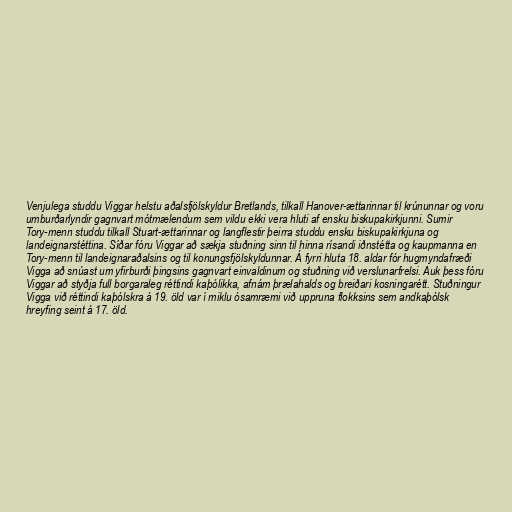
Venjulega studdu Viggar helstu aðalsfjölskyldur Bretlands, tilkall Hanover-ættarinnar til krúnunnar og voru
umburðarlyndir gagnvart mótmælendum sem vildu ekki vera hluti af ensku biskupakirkjunni. Sumir
Tory-menn studdu tilkall Stuart-ættarinnar og langflestir þeirra studdu ensku biskupakirkjuna og
landeignarstéttina. Síðar fóru Viggar að sækja stuðning sinn til hinna rísandi iðnstétta og kaupmanna en
Tory-menn til landeignaraðalsins og til konungsfjölskyldunnar. Á fyrri hluta 18. aldar fór hugmyndafræði
Vigga að snúast um yfirburði þingsins gagnvart einvaldinum og stuðning við verslunarfrelsi. Auk þess fóru
Viggar að styðja full borgaraleg réttindi kaþólikka, afnám þrælahalds og breiðari kosningarétt. Stuðningur
Vigga við réttindi kaþólskra á 19. öld var í miklu ósamræmi við uppruna flokksins sem andkaþólsk
hreyfing seint á 17. öld.